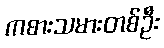
ကစားသမားတစ်ဦး